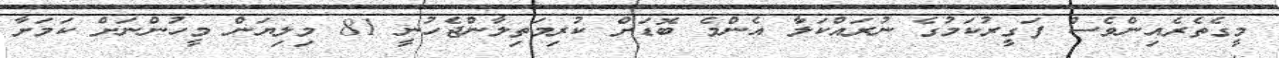
މީގެތެރެއިންވެސް ފަގީރުކަމުގެ ނުރައްކަލާ އެންމެ ބޮޑަށް ކުރިމަތިލާންޖެހުނީ 81 މިލިޔަން މީހުންނަށް ކަމަށާ